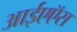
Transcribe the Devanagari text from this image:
आईएऍस